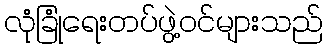
လုံခြုံရေးတပ်ဖွဲ့ဝင်များသည်